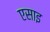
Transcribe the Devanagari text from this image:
एसाइ